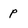
Character: p